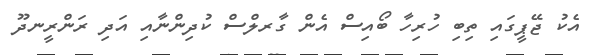
އެކު ޖޭޕީގައި ތިބި ހުރިހާ ބޯއިސް އެން ގާރލްސް ކުދިންނާއި އަދި ރަންރީނދޫ